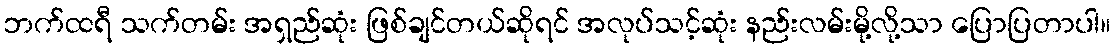
ဘက်ထရီ သက်တမ်း အရှည်ဆုံး ဖြစ်ချင်တယ်ဆိုရင် အလုပ်သင့်ဆုံး နည်းလမ်းမို့လို့သာ ပြောပြတာပါ။